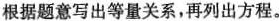
根据题意写出等量关系，再列出方程。